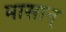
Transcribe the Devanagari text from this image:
मासान्